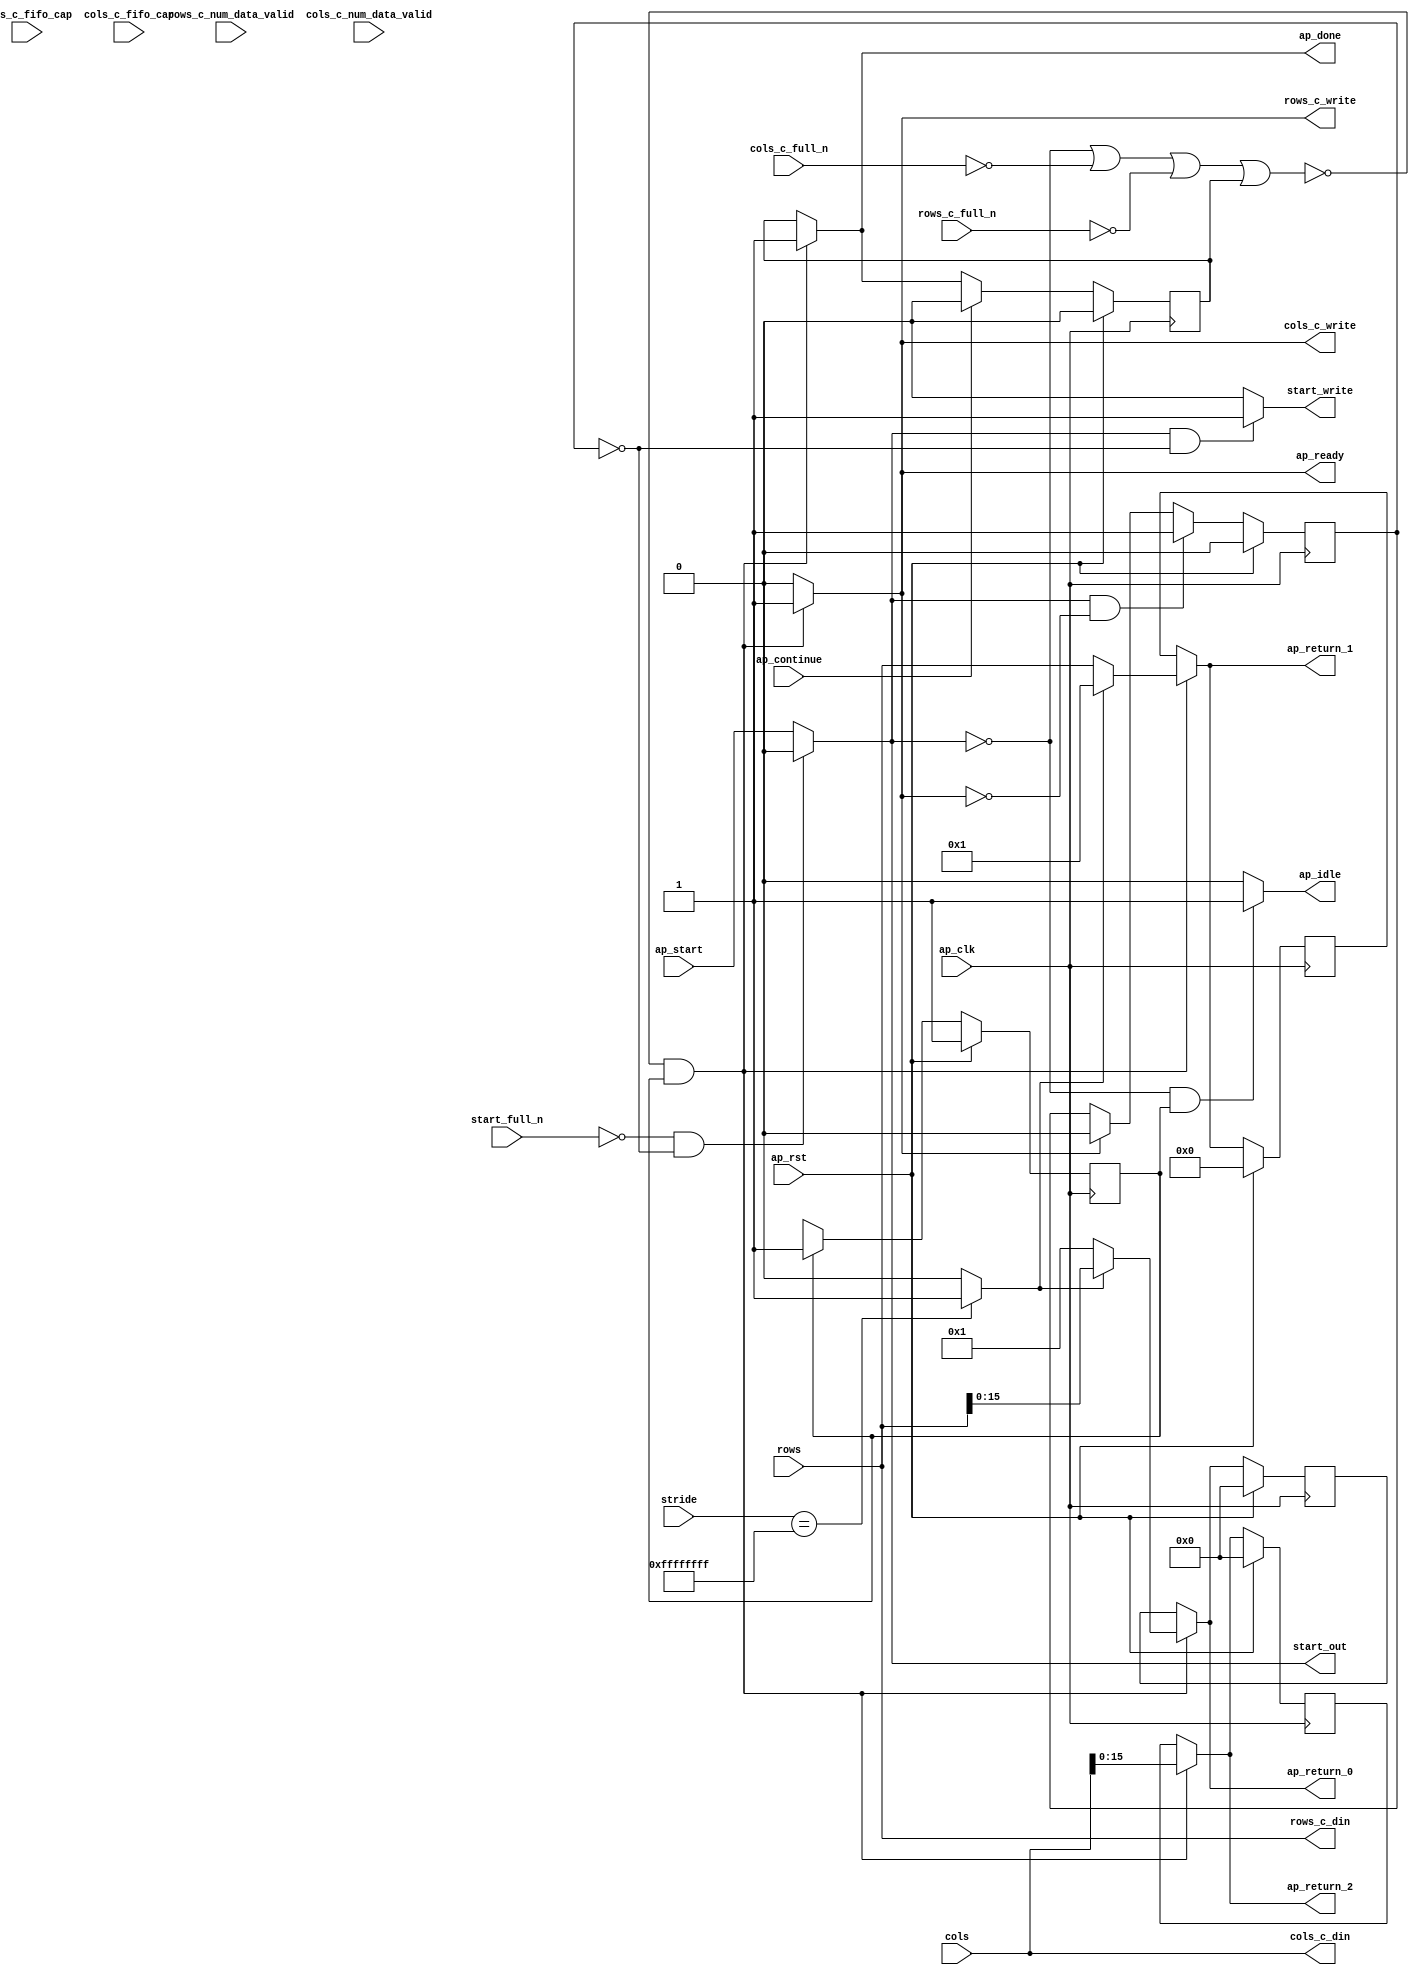
// Copyright (C) 2022, Advanced Micro Devices, Inc. All rights reserved.
// SPDX-License-Identifier: MIT
// ==============================================================
// Version: 2022.1
// 
// ===========================================================

`timescale 1 ns / 1 ps 

module pp_pipeline_accel_Axi2Mat_Block_entry3_proc (
        ap_clk,
        ap_rst,
        ap_start,
        start_full_n,
        ap_done,
        ap_continue,
        ap_idle,
        ap_ready,
        start_out,
        start_write,
        stride,
        rows,
        cols,
        rows_c_din,
        rows_c_num_data_valid,
        rows_c_fifo_cap,
        rows_c_full_n,
        rows_c_write,
        cols_c_din,
        cols_c_num_data_valid,
        cols_c_fifo_cap,
        cols_c_full_n,
        cols_c_write,
        ap_return_0,
        ap_return_1,
        ap_return_2
);

parameter    ap_ST_fsm_state1 = 1'd1;

input   ap_clk;
input   ap_rst;
input   ap_start;
input   start_full_n;
output   ap_done;
input   ap_continue;
output   ap_idle;
output   ap_ready;
output   start_out;
output   start_write;
input  [31:0] stride;
input  [31:0] rows;
input  [31:0] cols;
output  [31:0] rows_c_din;
input  [2:0] rows_c_num_data_valid;
input  [2:0] rows_c_fifo_cap;
input   rows_c_full_n;
output   rows_c_write;
output  [31:0] cols_c_din;
input  [2:0] cols_c_num_data_valid;
input  [2:0] cols_c_fifo_cap;
input   cols_c_full_n;
output   cols_c_write;
output  [15:0] ap_return_0;
output  [31:0] ap_return_1;
output  [15:0] ap_return_2;

reg ap_done;
reg ap_idle;
reg start_write;
reg rows_c_write;
reg cols_c_write;
reg[15:0] ap_return_0;
reg[31:0] ap_return_1;
reg[15:0] ap_return_2;

reg    real_start;
reg    start_once_reg;
reg    ap_done_reg;
(* fsm_encoding = "none" *) reg   [0:0] ap_CS_fsm;
wire    ap_CS_fsm_state1;
reg    internal_ap_ready;
reg    rows_c_blk_n;
reg    cols_c_blk_n;
reg    ap_block_state1;
wire   [0:0] icmp_ln1155_fu_70_p2;
wire   [15:0] empty_fu_76_p1;
wire   [15:0] rows_burst_fu_80_p3;
wire   [31:0] rows_stride_fu_88_p3;
wire   [15:0] empty_221_fu_96_p1;
reg   [15:0] ap_return_0_preg;
reg   [31:0] ap_return_1_preg;
reg   [15:0] ap_return_2_preg;
reg   [0:0] ap_NS_fsm;
reg    ap_ST_fsm_state1_blk;
wire    ap_ce_reg;

// power-on initialization
initial begin
#0 start_once_reg = 1'b0;
#0 ap_done_reg = 1'b0;
#0 ap_CS_fsm = 1'd1;
#0 ap_return_0_preg = 16'd0;
#0 ap_return_1_preg = 32'd0;
#0 ap_return_2_preg = 16'd0;
end

always @ (posedge ap_clk) begin
    if (ap_rst == 1'b1) begin
        ap_CS_fsm <= ap_ST_fsm_state1;
    end else begin
        ap_CS_fsm <= ap_NS_fsm;
    end
end

always @ (posedge ap_clk) begin
    if (ap_rst == 1'b1) begin
        ap_done_reg <= 1'b0;
    end else begin
        if ((ap_continue == 1'b1)) begin
            ap_done_reg <= 1'b0;
        end else if ((~((real_start == 1'b0) | (cols_c_full_n == 1'b0) | (rows_c_full_n == 1'b0) | (ap_done_reg == 1'b1)) & (1'b1 == ap_CS_fsm_state1))) begin
            ap_done_reg <= 1'b1;
        end
    end
end

always @ (posedge ap_clk) begin
    if (ap_rst == 1'b1) begin
        ap_return_0_preg <= 16'd0;
    end else begin
        if ((~((real_start == 1'b0) | (cols_c_full_n == 1'b0) | (rows_c_full_n == 1'b0) | (ap_done_reg == 1'b1)) & (1'b1 == ap_CS_fsm_state1))) begin
            ap_return_0_preg <= rows_burst_fu_80_p3;
        end
    end
end

always @ (posedge ap_clk) begin
    if (ap_rst == 1'b1) begin
        ap_return_1_preg <= 32'd0;
    end else begin
        if ((~((real_start == 1'b0) | (cols_c_full_n == 1'b0) | (rows_c_full_n == 1'b0) | (ap_done_reg == 1'b1)) & (1'b1 == ap_CS_fsm_state1))) begin
            ap_return_1_preg <= rows_stride_fu_88_p3;
        end
    end
end

always @ (posedge ap_clk) begin
    if (ap_rst == 1'b1) begin
        ap_return_2_preg <= 16'd0;
    end else begin
        if ((~((real_start == 1'b0) | (cols_c_full_n == 1'b0) | (rows_c_full_n == 1'b0) | (ap_done_reg == 1'b1)) & (1'b1 == ap_CS_fsm_state1))) begin
            ap_return_2_preg <= empty_221_fu_96_p1;
        end
    end
end

always @ (posedge ap_clk) begin
    if (ap_rst == 1'b1) begin
        start_once_reg <= 1'b0;
    end else begin
        if (((real_start == 1'b1) & (internal_ap_ready == 1'b0))) begin
            start_once_reg <= 1'b1;
        end else if ((internal_ap_ready == 1'b1)) begin
            start_once_reg <= 1'b0;
        end
    end
end

always @ (*) begin
    if (((real_start == 1'b0) | (cols_c_full_n == 1'b0) | (rows_c_full_n == 1'b0) | (ap_done_reg == 1'b1))) begin
        ap_ST_fsm_state1_blk = 1'b1;
    end else begin
        ap_ST_fsm_state1_blk = 1'b0;
    end
end

always @ (*) begin
    if ((~((real_start == 1'b0) | (cols_c_full_n == 1'b0) | (rows_c_full_n == 1'b0) | (ap_done_reg == 1'b1)) & (1'b1 == ap_CS_fsm_state1))) begin
        ap_done = 1'b1;
    end else begin
        ap_done = ap_done_reg;
    end
end

always @ (*) begin
    if (((real_start == 1'b0) & (1'b1 == ap_CS_fsm_state1))) begin
        ap_idle = 1'b1;
    end else begin
        ap_idle = 1'b0;
    end
end

always @ (*) begin
    if ((~((real_start == 1'b0) | (cols_c_full_n == 1'b0) | (rows_c_full_n == 1'b0) | (ap_done_reg == 1'b1)) & (1'b1 == ap_CS_fsm_state1))) begin
        ap_return_0 = rows_burst_fu_80_p3;
    end else begin
        ap_return_0 = ap_return_0_preg;
    end
end

always @ (*) begin
    if ((~((real_start == 1'b0) | (cols_c_full_n == 1'b0) | (rows_c_full_n == 1'b0) | (ap_done_reg == 1'b1)) & (1'b1 == ap_CS_fsm_state1))) begin
        ap_return_1 = rows_stride_fu_88_p3;
    end else begin
        ap_return_1 = ap_return_1_preg;
    end
end

always @ (*) begin
    if ((~((real_start == 1'b0) | (cols_c_full_n == 1'b0) | (rows_c_full_n == 1'b0) | (ap_done_reg == 1'b1)) & (1'b1 == ap_CS_fsm_state1))) begin
        ap_return_2 = empty_221_fu_96_p1;
    end else begin
        ap_return_2 = ap_return_2_preg;
    end
end

always @ (*) begin
    if ((~((real_start == 1'b0) | (ap_done_reg == 1'b1)) & (1'b1 == ap_CS_fsm_state1))) begin
        cols_c_blk_n = cols_c_full_n;
    end else begin
        cols_c_blk_n = 1'b1;
    end
end

always @ (*) begin
    if ((~((real_start == 1'b0) | (cols_c_full_n == 1'b0) | (rows_c_full_n == 1'b0) | (ap_done_reg == 1'b1)) & (1'b1 == ap_CS_fsm_state1))) begin
        cols_c_write = 1'b1;
    end else begin
        cols_c_write = 1'b0;
    end
end

always @ (*) begin
    if ((~((real_start == 1'b0) | (cols_c_full_n == 1'b0) | (rows_c_full_n == 1'b0) | (ap_done_reg == 1'b1)) & (1'b1 == ap_CS_fsm_state1))) begin
        internal_ap_ready = 1'b1;
    end else begin
        internal_ap_ready = 1'b0;
    end
end

always @ (*) begin
    if (((start_full_n == 1'b0) & (start_once_reg == 1'b0))) begin
        real_start = 1'b0;
    end else begin
        real_start = ap_start;
    end
end

always @ (*) begin
    if ((~((real_start == 1'b0) | (ap_done_reg == 1'b1)) & (1'b1 == ap_CS_fsm_state1))) begin
        rows_c_blk_n = rows_c_full_n;
    end else begin
        rows_c_blk_n = 1'b1;
    end
end

always @ (*) begin
    if ((~((real_start == 1'b0) | (cols_c_full_n == 1'b0) | (rows_c_full_n == 1'b0) | (ap_done_reg == 1'b1)) & (1'b1 == ap_CS_fsm_state1))) begin
        rows_c_write = 1'b1;
    end else begin
        rows_c_write = 1'b0;
    end
end

always @ (*) begin
    if (((real_start == 1'b1) & (start_once_reg == 1'b0))) begin
        start_write = 1'b1;
    end else begin
        start_write = 1'b0;
    end
end

always @ (*) begin
    case (ap_CS_fsm)
        ap_ST_fsm_state1 : begin
            ap_NS_fsm = ap_ST_fsm_state1;
        end
        default : begin
            ap_NS_fsm = 'bx;
        end
    endcase
end

assign ap_CS_fsm_state1 = ap_CS_fsm[32'd0];

always @ (*) begin
    ap_block_state1 = ((real_start == 1'b0) | (cols_c_full_n == 1'b0) | (rows_c_full_n == 1'b0) | (ap_done_reg == 1'b1));
end

assign ap_ready = internal_ap_ready;

assign cols_c_din = cols;

assign empty_221_fu_96_p1 = cols[15:0];

assign empty_fu_76_p1 = rows[15:0];

assign icmp_ln1155_fu_70_p2 = ((stride == 32'd4294967295) ? 1'b1 : 1'b0);

assign rows_burst_fu_80_p3 = ((icmp_ln1155_fu_70_p2[0:0] == 1'b1) ? empty_fu_76_p1 : 16'd1);

assign rows_c_din = rows;

assign rows_stride_fu_88_p3 = ((icmp_ln1155_fu_70_p2[0:0] == 1'b1) ? 32'd1 : rows);

assign start_out = real_start;

endmodule //pp_pipeline_accel_Axi2Mat_Block_entry3_proc